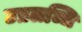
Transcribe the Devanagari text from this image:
उप्रलब्धि